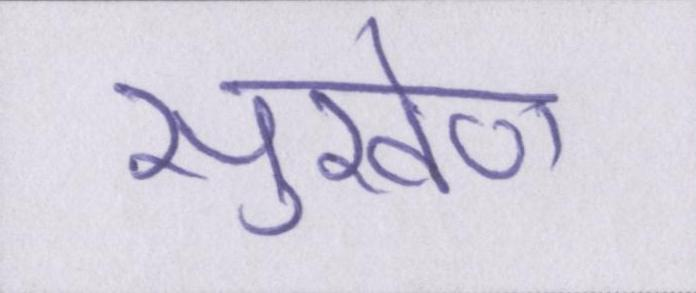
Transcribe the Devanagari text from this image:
सुखेण